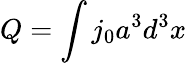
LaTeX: Q=\int j_{0}a^{3}d^{3}x